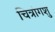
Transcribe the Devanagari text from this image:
चित्रांगशु